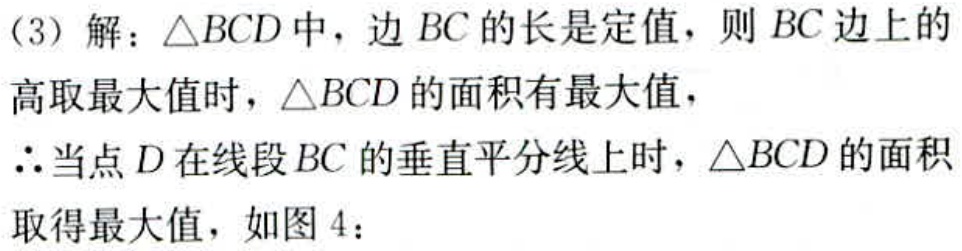
（3）解：\(\triangle BCD\)中，边\(BC\)的长是定值，则\(BC\)边上的
高取最大值时，\(\triangle BCD\)的面积有最大值，
\(\therefore\)当点\(D\)在线段\(BC\)的垂直平分线上时，\(\triangle BCD\)的面积
取得最大值，如图4：